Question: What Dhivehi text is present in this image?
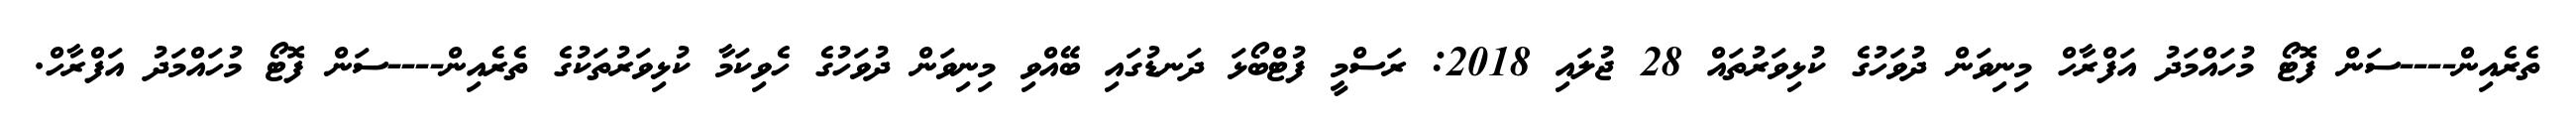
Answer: ތެރެއިން----ސަން ފޮޓޯ މުހައްމަދު އަފްރާހް މިނިވަން ދުވަހުގެ ކުޅިވަރުތައް 28 ޖުލައި 2018: ރަސްމީ ފުޓްބޯޅަ ދަނޑުގައި ބޭއްވި މިނިވަން ދުވަހުގެ ހެވިކަމާ ކުޅިވަރުތަކުގެ ތެރެއިން----ސަން ފޮޓޯ މުހައްމަދު އަފްރާހް.